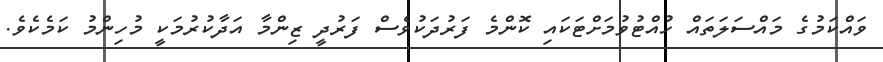
ވައްކަމުގެ މައްސަލަތައް ހުއްޓުވުމަށްޓަކައި ކޮންމެ ފަރުދަކުވެސް ފަރުދީ ޒިންމާ އަދާކުރުމަކީ މުހިންމު ކަމެކެވެ.